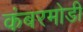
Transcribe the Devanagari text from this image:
कंबरमोडी